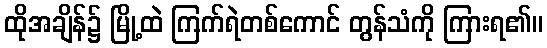
ထိုအချိန်၌ မြို့ထဲ ကြက်ရဲတစ်ကောင် တွန်သံကို ကြားရ၏။